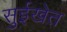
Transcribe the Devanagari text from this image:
सुईखेत